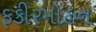
ફકીરમોહન